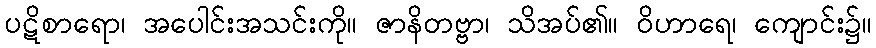
ပဋိစာရော၊ အပေါင်းအသင်းကို။ ဇာနိတဗ္ဗာ၊ သိအပ်၏။ ဝိဟာရေ၊ ကျောင်း၌။